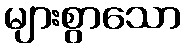
များစွာသော